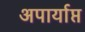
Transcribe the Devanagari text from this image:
अपार्याप्त